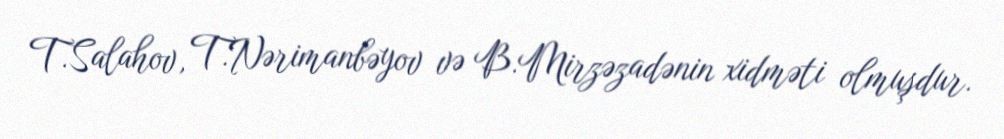
T.Salahov, T.Nərimanbəyov və B.Mirzəzadənin xidməti olmuşdur.